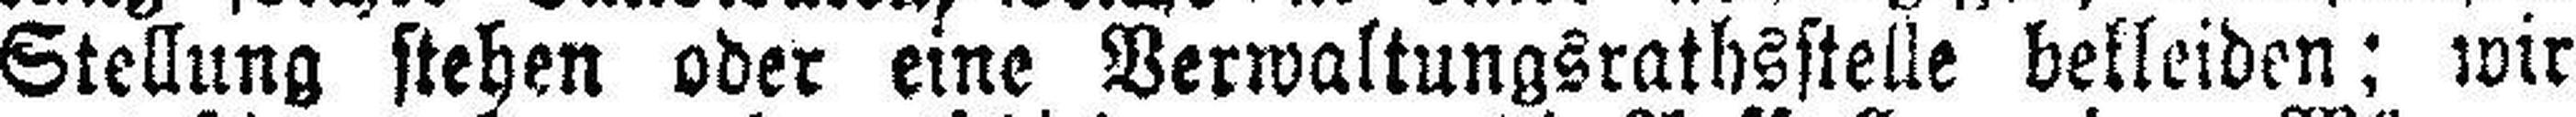
Stellung stehen oder eine Verwaltungsrathsstelle bekleiden; wir